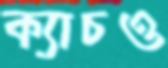
ক্যাচও